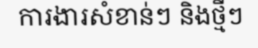
ការងារសំខាន់ៗ និងថ្មីៗ